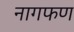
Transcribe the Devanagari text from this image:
नागफण